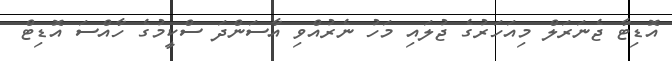
އޮޑިޓާ ޖެނަރަލް މިއަހަރުގެ ޖުލައި މަހު ނެރުއްވި އާސަންދަ ސްކީމުގެ ހާއްސަ އޮޑިޓް